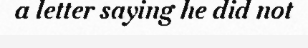
a letter saying he did not